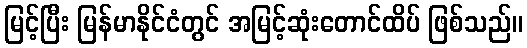
မြင့်ပြီး မြန်မာနိုင်ငံတွင် အမြင့်ဆုံးတောင်ထိပ် ဖြစ်သည်။